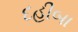
દહીબા